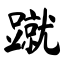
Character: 蹴